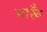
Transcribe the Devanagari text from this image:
मारूँ